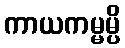
ကာယကမ္မမ္ပိ